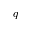
q